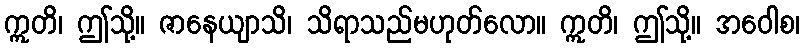
ဣတိ၊ ဤသို့။ ဇာနေယျာသိ၊ သိရာသည်မဟုတ်လော။ ဣတိ၊ ဤသို့။ အဝေါစ၊